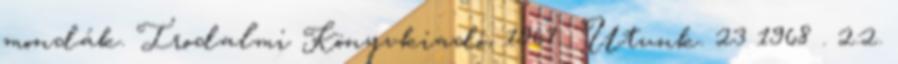
mondák. Irodalmi Könyvkiadó, 1967 . Utunk. 23 1968 . 2:2.